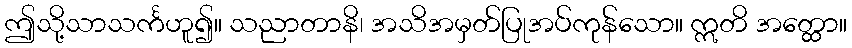
ဤသို့သာသင်္ကဟူ၍။ သညာတာနိ၊ အသိအမှတ်ပြုအပ်ကုန်သော။ ဣတိ အတ္ထော။